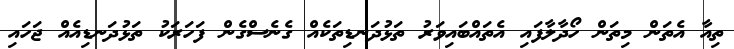
ތިއާ އެތަން މިތަން ހޯދާލާފައި އެތައްބައިވަރު ތަޅުދަނޑިތަކެއް ގެނެސްގެން ފަހަރަކު ތަޅުދަނޑިއެއް ޖަހައި